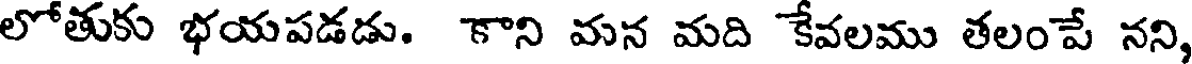
లోతుకు భయపడడు. కాని మన మది కేవలము తలంపే నని,